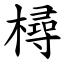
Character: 樳